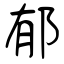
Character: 郁